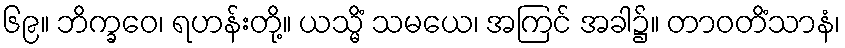
၆၉။ ဘိက္ခဝေ၊ ရဟန်းတို့။ ယသ္မိံ သမယေ၊ အကြင် အခါ၌။ တာဝတိံသာနံ၊